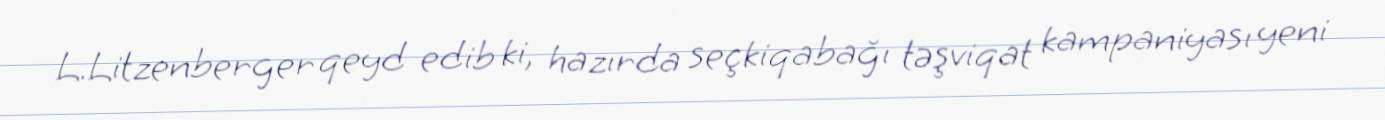
L.Litzenberger qeyd edib ki, hazırda seçkiqabağı təşviqat kampaniyası yeni